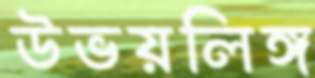
উভয়লিঙ্গ